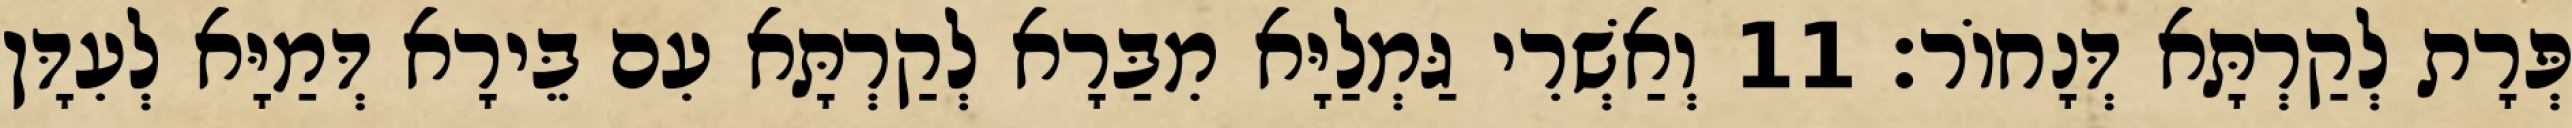
פְּרָת לְקַרְתָּא דְּנָחוֹר׃ 11 וְאַשְׁרִי גַּמְלַיָּא מִבַּרָא לְקַרְתָּא עִם בֵּירָא דְּמַיָּא לְעִדָּן